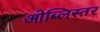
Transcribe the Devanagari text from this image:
ओब्लिस्तर